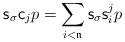
LaTeX: \begin{align*}{\sf s}_{\sigma}{\sf c}_{j}p=\sum_{i<\mathfrak{n}} {\sf s}_{\sigma}{\sf s}_i^jp\end{align*}